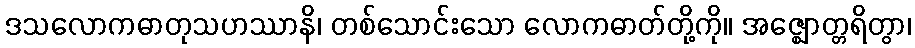
ဒသလောကဓာတုသဟဿာနိ၊ တစ်သောင်းသော လောကဓာတ်တို့ကို။ အဇ္ဈောတ္တရိတွာ၊